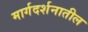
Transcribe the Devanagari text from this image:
मार्गदर्शनातील